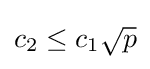
c_{2}\leq c_{1}{\sqrt {p}}